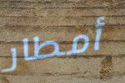
أمطار